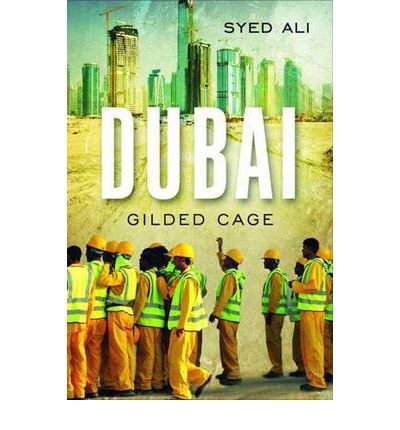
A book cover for Dubai: Gilded Cage (Paperback) - Common; By (author) Syed Ali; History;